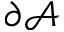
\partial \mathcal { A }